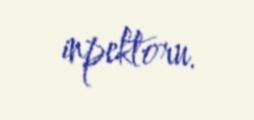
inpektoru.